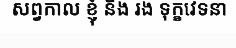
សព្វកាល ខ្ញុំ នឹង រង ទុក្ខវេទនា